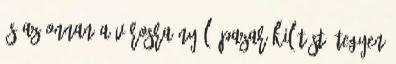
és az onnan a városra nyíló pazar kilátást, tegyen